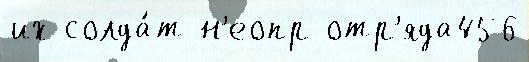
их солда́т н'еопр отр'яда456